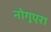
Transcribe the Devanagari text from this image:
नोगुएरा